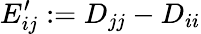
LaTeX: E_{ij}^{\prime}:=D_{jj}-D_{ii}